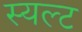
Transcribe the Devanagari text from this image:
स्यल्ट